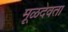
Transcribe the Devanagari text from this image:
मूळदेवता